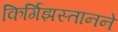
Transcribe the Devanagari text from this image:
किर्गिझस्तानने